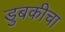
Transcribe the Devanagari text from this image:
डुबकीचा